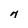
Character: 7